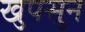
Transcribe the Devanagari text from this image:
खुपसुन